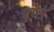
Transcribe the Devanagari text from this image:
चुप्स